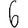
Digit: 6